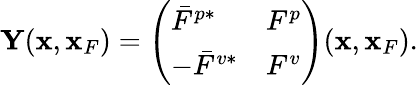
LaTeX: \begin{array}{r}{{\mathbf Y}({\mathbf x},{\mathbf x}_{F})=\left(\begin{array}{ll}{\bar{F}^{p*}}&{F^{p}}\\ {-\bar{F}^{v*}}&{F^{v}}\end{array}\right)({\mathbf x},{\mathbf x}_{F}).}\end{array}